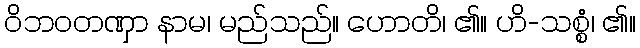
ဝိဘဝတဏှာ နာမ၊ မည်သည်။ ဟောတိ၊ ၏။ ဟိ-သစ္စံ၊ ၏။